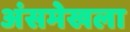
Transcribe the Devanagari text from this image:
अंसमेखला